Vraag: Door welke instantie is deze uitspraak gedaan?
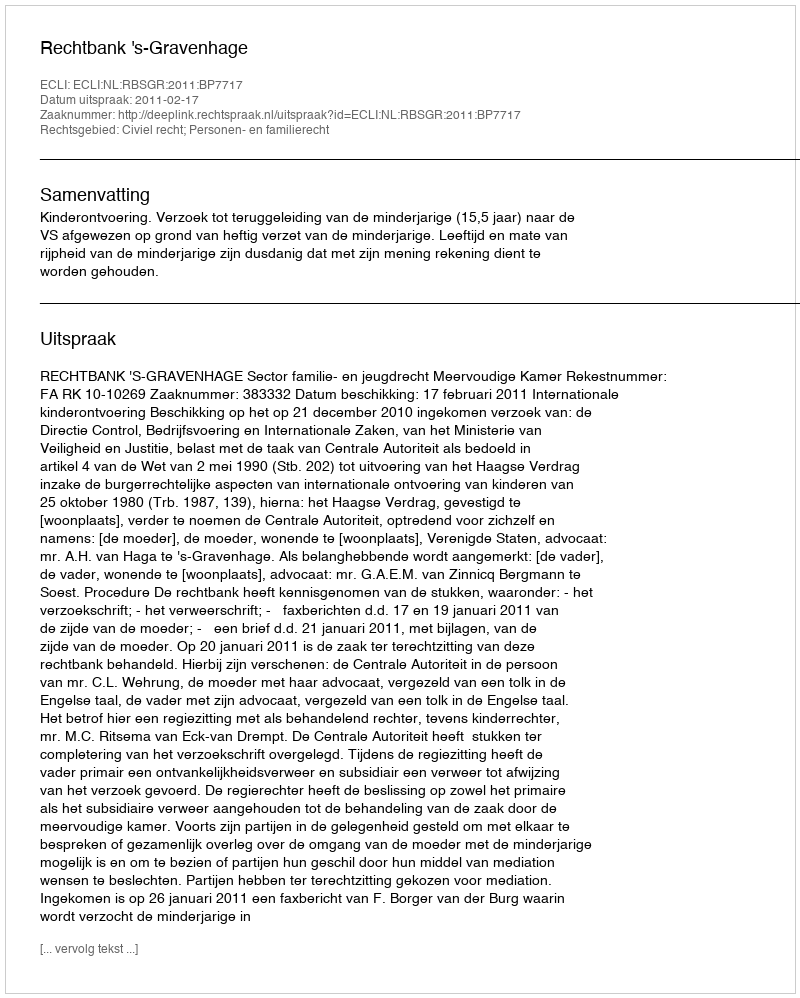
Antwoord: Rechtbank 's-Gravenhage